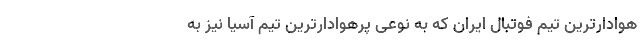
هوادارترین تیم فوتبال ایران که به نوعی پرهوادارترین تیم آسیا نیز به